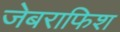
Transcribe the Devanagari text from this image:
जेबराफिश